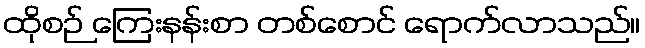
ထိုစဉ် ကြေးနန်းစာ တစ်စောင် ရောက်လာသည်။